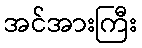
အင်အားကြီး